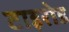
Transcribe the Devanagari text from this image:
टाइरोड